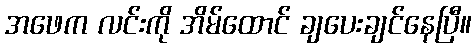
အဖေက လင်းကို အိမ်ထောင် ချပေးချင်နေပြီ။